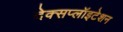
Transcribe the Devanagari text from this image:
देक्सप्लॉइटेशन